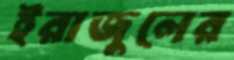
ইরাজুলের